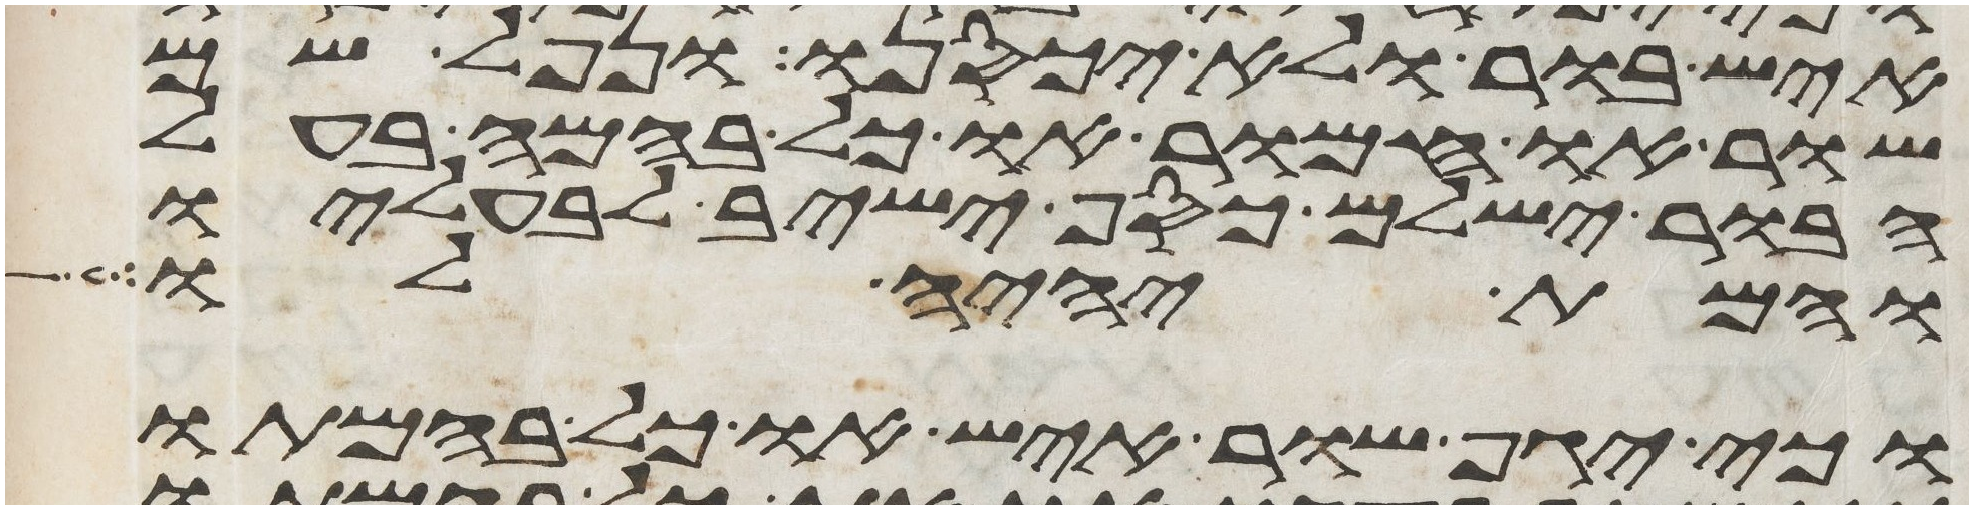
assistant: איש בור ולא יכסנו ונפל שם
שור או חמור או כל בהמה בעל
הבור ישלם כסף ישיב לבעליו
והמת יהיה לו
וכי יגף שור איש או כל בהמתו